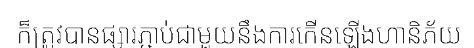
ក៏ត្រូវបានផ្សារភ្ជាប់ជាមួយនឹងការកើនឡើងហានិភ័យ